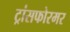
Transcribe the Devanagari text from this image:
ट्रांसफोरमर